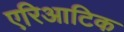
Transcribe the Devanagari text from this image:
एरिआटिक